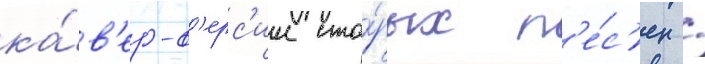
ка́в'ер-в'ерс'ии ста́рых п'е́с'ен /